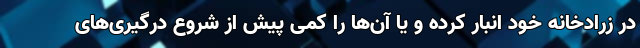
در زرادخانه خود انبار کرده و یا آن‌ها را کمی پیش از شروع درگیری‌های